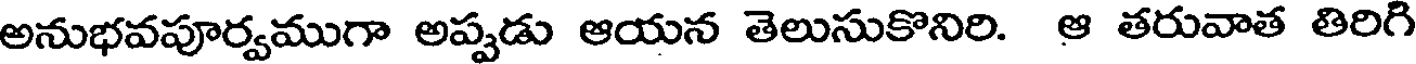
అనుభవపూర్వముగా అప్పడు ఆయన తెలుసుకొనిరి. ఆ తరువాత తిరిగి